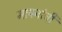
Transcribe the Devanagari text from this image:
मापनांची